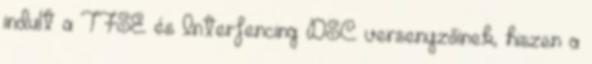
indult a TFSE és Interfencing DSC versenyzőinek, hiszen a